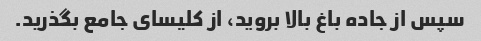
سپس از جاده باغ بالا بروید، از کلیسای جامع بگذرید.